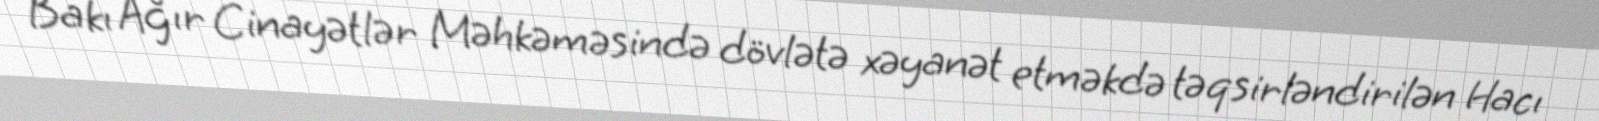
Bakı Ağır Cinayətlər Məhkəməsində dövlətə xəyanət etməkdə təqsirləndirilən Hacı